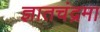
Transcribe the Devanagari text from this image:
ज्ञातचंद्रमा